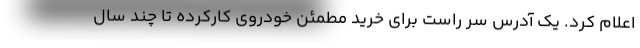
اعلام کرد. یک آدرس سر راست برای خرید مطمئن خودروی کارکرده تا چند سال